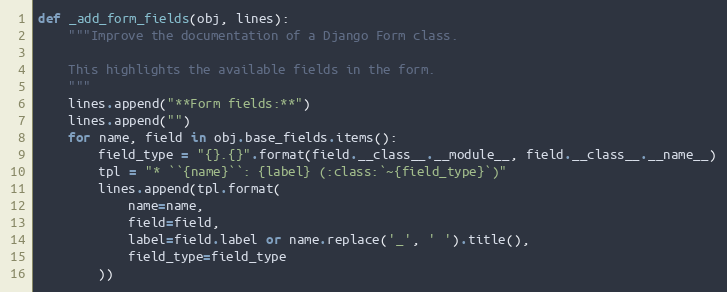
Language: Python
def _add_form_fields(obj, lines):
    """Improve the documentation of a Django Form class.

    This highlights the available fields in the form.
    """
    lines.append("**Form fields:**")
    lines.append("")
    for name, field in obj.base_fields.items():
        field_type = "{}.{}".format(field.__class__.__module__, field.__class__.__name__)
        tpl = "* ``{name}``: {label} (:class:`~{field_type}`)"
        lines.append(tpl.format(
            name=name,
            field=field,
            label=field.label or name.replace('_', ' ').title(),
            field_type=field_type
        ))